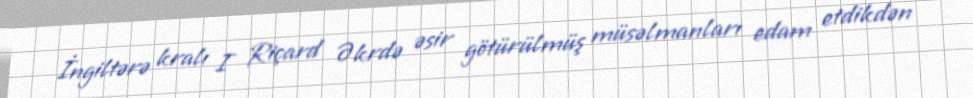
İngiltərə kralı I Riçard Əkrdə əsir götürülmüş müsəlmanları edam etdikdən